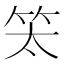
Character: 𥫵